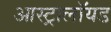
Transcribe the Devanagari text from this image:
आस्ट्रालॉयड